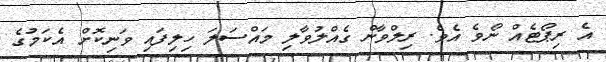
އެ ރިޕޯޓެއް ނޯވެ އެވެ. ރިލްވާން ގެއްލުވާލި މައްސަލަ ހިލިފައި ވަނިކޮށް އެކަމުގެ